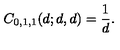
C _ { 0 , 1 , 1 } ( d ; d , d ) = { \frac { 1 } { d } } .